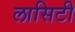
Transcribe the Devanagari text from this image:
लासिटी